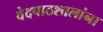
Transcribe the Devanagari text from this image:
वेदपाठशालांना